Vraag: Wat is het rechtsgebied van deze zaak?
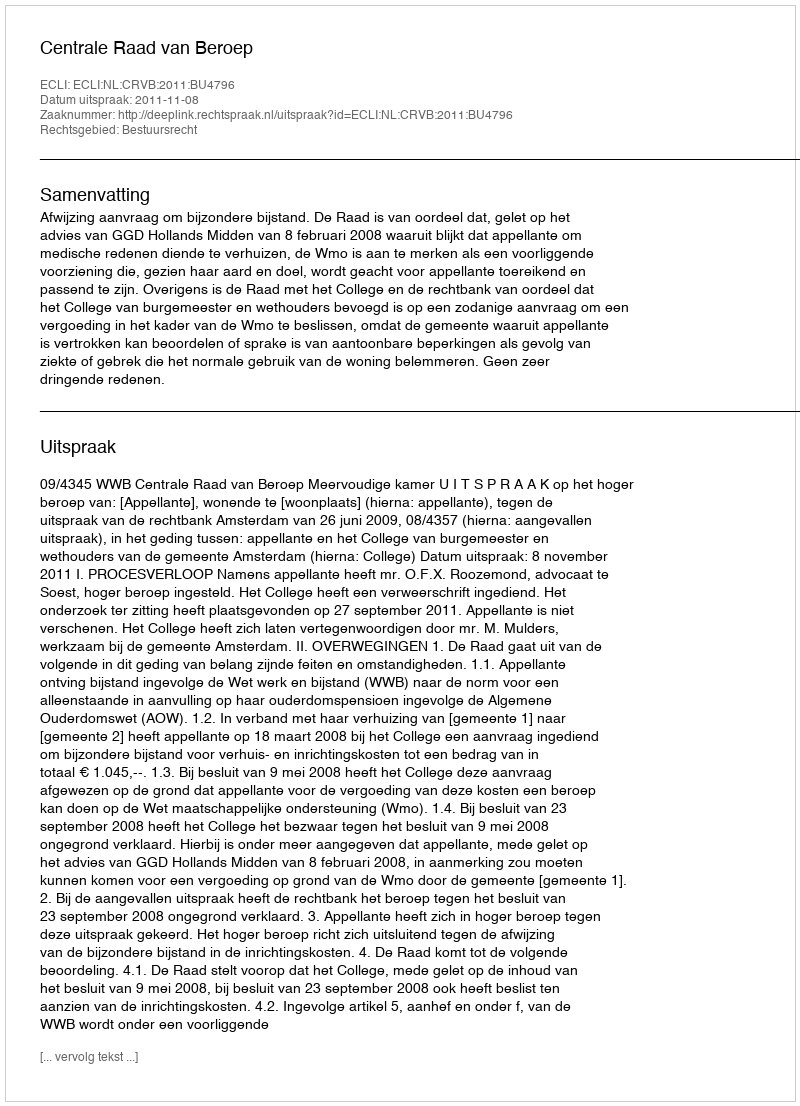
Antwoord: Bestuursrecht